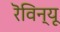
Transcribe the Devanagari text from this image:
रॆविन्यू